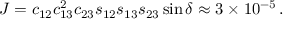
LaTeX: \, J = c _ { 1 2 } c _ { 1 3 } ^ { 2 } c _ { 2 3 } s _ { 1 2 } s _ { 1 3 } s _ { 2 3 } \sin \delta \approx 3 \times 1 0 ^ { - 5 } \, .